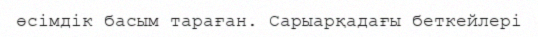
өсімдік басым тараған. Сарыарқадағы беткейлері